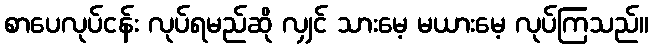
စာပေလုပ်ငန်း လုပ်ရမည်ဆို လျှင် သားမေ့ မယားမေ့ လုပ်ကြသည်။